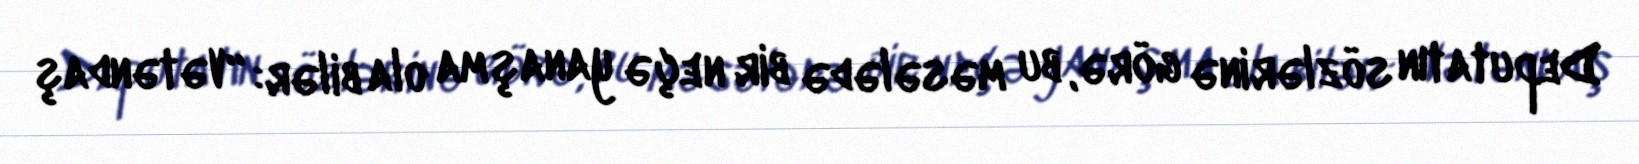
Deputatın sözlərinə görə, bu məsələdə bir neçə yanaşma ola bilər: “Vətəndaş